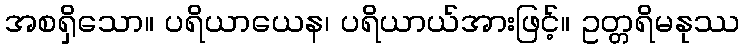
အစရှိသော။ ပရိယာယေန၊ ပရိယာယ်အားဖြင့်။ ဥတ္တရိမနုဿ